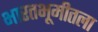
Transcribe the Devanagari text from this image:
भारतभूमीतला